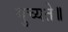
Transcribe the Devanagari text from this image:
मुच्यते॥